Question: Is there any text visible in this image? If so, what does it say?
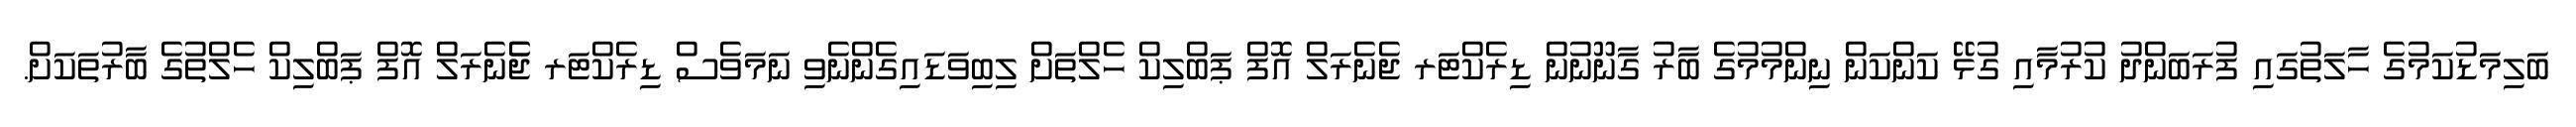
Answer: ބަލިމަޑުކަމުގެ ހާލަތުގައި ފުރަބަންދު ކުރުމާއި ގުޅޭ ކަންކަން ނިންމުމުގެ ބާރު ގާނޫނުން ޑިރެކްޓަރ ޖެނެރަލް އޮފް ޕަބްލިކް ހެލްތަށް ލިބިވަޑައިގެންނެވި ނަމަވެސް ޑިރެކްޓަރ ޖެެނެރަލް އޮފް ޕަބްލިކް ހެލްތުގެ ބާރުތަކަށް.